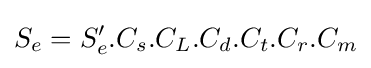
S_{e}=S'_{e}.C_{s}.C_{L}.C_{d}.C_{t}.C_{r}.C_{m}